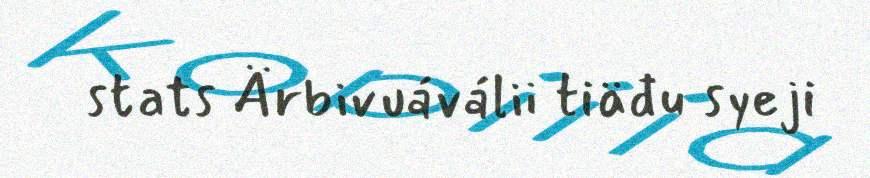
stats Ärbivuáválii tiäđu syeji